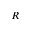
R